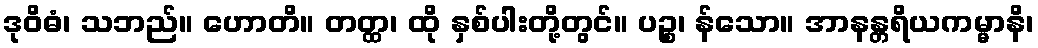
ဒုဝိဓံ၊ သဘည်။ ဟောတိ။ တတ္ထ၊ ထို နှစ်ပါးတို့တွင်။ ပဉ္စ၊ န်သော။ အာနန္တရိယကမ္မာနိ၊